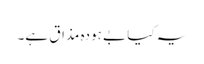
یہ کیا بے ہودہ مذاق ہے۔